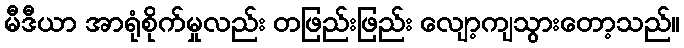
မီဒီယာ အာရုံစိုက်မှုလည်း တဖြည်းဖြည်း လျော့ကျသွားတော့သည်။